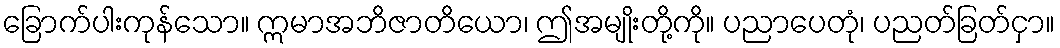
ခြောက်ပါးကုန်သော။ ဣမာအဘိဇာတိယော၊ ဤအမျိုးတို့ကို။ ပညာပေတုံ၊ ပညတ်ခြတ်ငှာ။